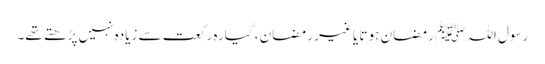
رسول اللہ ﷺ رمضان ہو تا یا غیر رمضان ، گیارہ رکعت سے زیادہ نہیں پڑھتے تھے۔